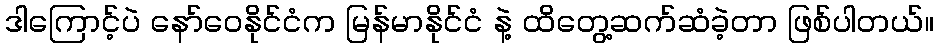
ဒါကြောင့်ပဲ နော်ဝေနိုင်ငံက မြန်မာနိုင်ငံ နဲ့ ထိတွေ့ဆက်ဆံခဲ့တာ ဖြစ်ပါတယ်။